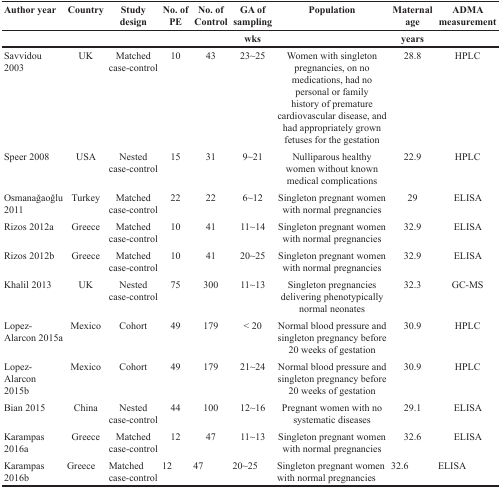
<table><thead><tr><td><b>Author year</b></td><td><b>Country</b></td><td><b>Studydesign</b></td><td><b>No. ofPE</b></td><td><b>No. ofControl</b></td><td><b>GA ofsampling</b></td><td><b>Population</b></td><td><b>Maternalage</b></td><td><b>ADMAmeasurement</b></td></tr><tr><td></td><td></td><td></td><td></td><td></td><td><b>wks</b></td><td></td><td><b>years</b></td><td></td></tr></thead><tbody><tr><td>Savvidou 2003</td><td>UK</td><td>Matched case-control</td><td>10</td><td>43</td><td>23~25</td><td>Women with singleton pregnancies, on no medications, had no personal or family history of premature cardiovascular disease, and had appropriately grown fetuses for the gestation</td><td>28.8</td><td>HPLC</td></tr><tr><td>Speer 2008</td><td>USA</td><td>Nested case-control</td><td>15</td><td>31</td><td>9~21</td><td>Nulliparous healthy women without known medical complications</td><td>22.9</td><td>HPLC</td></tr><tr><td>Osmanağaoğlu 2011</td><td>Turkey</td><td>Matched case-control</td><td>22</td><td>22</td><td>6~12</td><td>Singleton pregnant women with normal pregnancies</td><td>29</td><td>ELISA</td></tr><tr><td>Rizos 2012a</td><td>Greece</td><td>Matched case-control</td><td>10</td><td>41</td><td>11~14</td><td>Singleton pregnant women with normal pregnancies</td><td>32.9</td><td>ELISA</td></tr><tr><td>Rizos 2012b</td><td>Greece</td><td>Matched case-control</td><td>10</td><td>41</td><td>20~25</td><td>Singleton pregnant women with normal pregnancies</td><td>32.9</td><td>ELISA</td></tr><tr><td>Khalil 2013</td><td>UK</td><td>Nested case-control</td><td>75</td><td>300</td><td>11~13</td><td>Singleton pregnancies delivering phenotypically normal neonates</td><td>32.3</td><td>GC-MS</td></tr><tr><td>Lopez-Alarcon 2015a</td><td>Mexico</td><td>Cohort</td><td>49</td><td>179</td><td>&lt; 20</td><td>Normal blood pressure and singleton pregnancy before 20 weeks of gestation</td><td>30.9</td><td>HPLC</td></tr><tr><td>Lopez-Alarcon 2015b</td><td>Mexico</td><td>Cohort</td><td>49</td><td>179</td><td>21~24</td><td>Normal blood pressure and singleton pregnancy before 20 weeks of gestation</td><td>30.9</td><td>HPLC</td></tr><tr><td>Bian 2015</td><td>China</td><td>Nested case-control</td><td>44</td><td>100</td><td>12~16</td><td>Pregnant women with no systematic diseases</td><td>29.1</td><td>ELISA</td></tr><tr><td>Karampas 2016a</td><td>Greece</td><td>Matched case-control</td><td>12</td><td>47</td><td>11~13</td><td>Singleton pregnant women with normal pregnancies</td><td>32.6</td><td>ELISA</td></tr><tr><td>Karampas 2016b</td><td>Greece</td><td>Matched case-control</td><td>12</td><td>47</td><td>20~25</td><td>Singleton pregnant women with normal pregnancies</td><td>32.6</td><td>ELISA</td></tr></tbody></table>